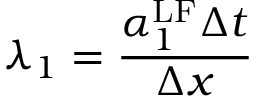
\lambda _ { 1 } = \frac { \alpha _ { 1 } ^ { \mathrm { { L F } } } \Delta t } { \Delta x }